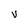
Character: V